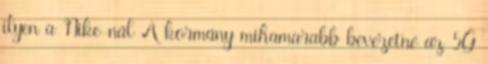
ilyen a Nike-nál A kormány mihamarabb bevezetné az 5G